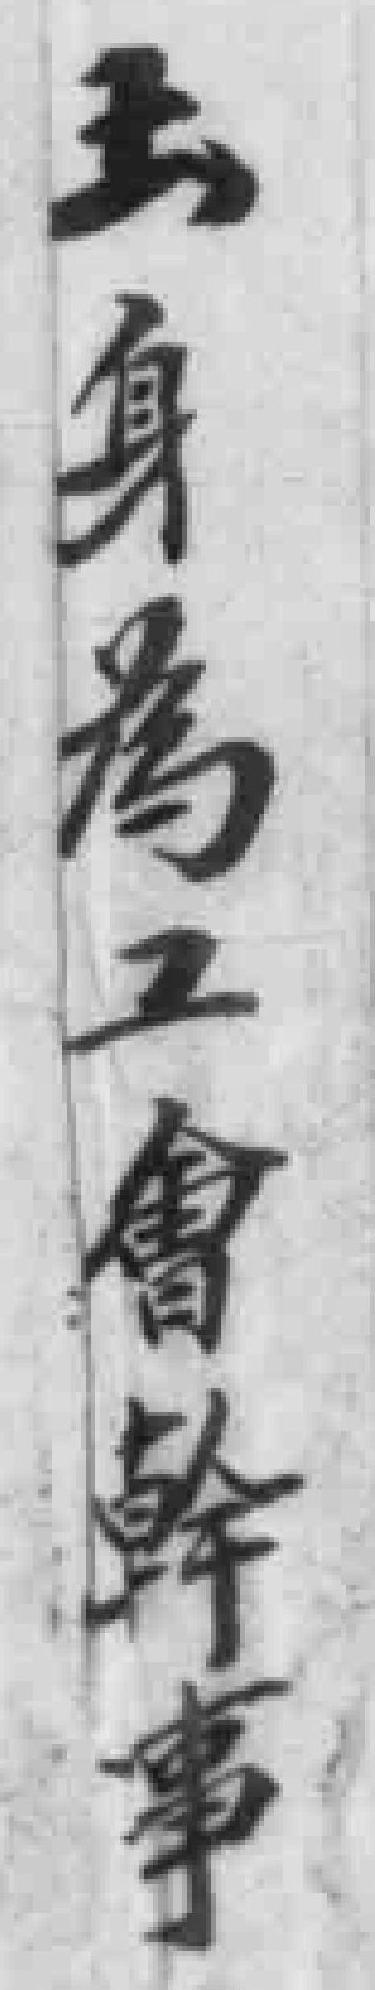
玉身爲工會幹事